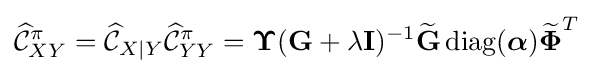
{\widehat {\mathcal {C}}}_{XY}^{\pi }={\widehat {\mathcal {C}}}_{X\mid Y}{\widehat {\mathcal {C}}}_{YY}^{\pi }={\boldsymbol {\Upsilon }}(\mathbf {G} +\lambda \mathbf {I} )^{-1}{\widetilde {\mathbf {G} }}\operatorname {diag} ({\boldsymbol {\alpha }}){\boldsymbol {\widetilde {\Phi }}}^{T}